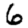
Digit: 6